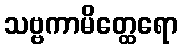
သဗ္ဗကာမိတ္ထေရော